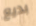
بديع